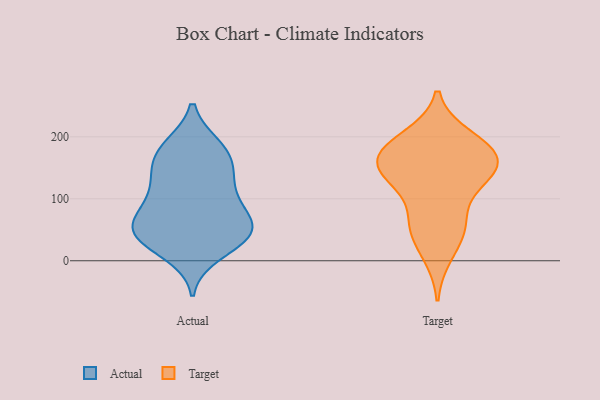
{"axis": {"x": "Active Users", "y": "Value"}, "legend": ["Actual", "Target"], "data": [{"x": "", "y": 35, "type": "Actual"}, {"x": "", "y": 67, "type": "Actual"}, {"x": "", "y": 32, "type": "Actual"}, {"x": "", "y": 56, "type": "Actual"}, {"x": "", "y": 152, "type": "Actual"}, {"x": "", "y": 103, "type": "Actual"}, {"x": "", "y": 181, "type": "Actual"}, {"x": "", "y": 153, "type": "Actual"}, {"x": "", "y": 64, "type": "Actual"}, {"x": "", "y": 143, "type": "Actual"}, {"x": "", "y": 185, "type": "Actual"}, {"x": "", "y": 117, "type": "Actual"}, {"x": "", "y": 48, "type": "Actual"}, {"x": "", "y": 183, "type": "Actual"}, {"x": "", "y": 11, "type": "Actual"}, {"x": "", "y": 105, "type": "Actual"}, {"x": "", "y": 39, "type": "Actual"}, {"x": "", "y": 75, "type": "Actual"}, {"x": "", "y": 40, "type": "Actual"}, {"x": "", "y": 148, "type": "Target"}, {"x": "", "y": 10, "type": "Target"}, {"x": "", "y": 167, "type": "Target"}, {"x": "", "y": 56, "type": "Target"}, {"x": "", "y": 176, "type": "Target"}, {"x": "", "y": 133, "type": "Target"}, {"x": "", "y": 166, "type": "Target"}, {"x": "", "y": 62, "type": "Target"}, {"x": "", "y": 193, "type": "Target"}, {"x": "", "y": 134, "type": "Target"}, {"x": "", "y": 53, "type": "Target"}, {"x": "", "y": 199, "type": "Target"}, {"x": "", "y": 167, "type": "Target"}, {"x": "", "y": 128, "type": "Target"}]}